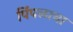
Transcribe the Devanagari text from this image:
पिंपळाचा